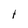
Character: 1